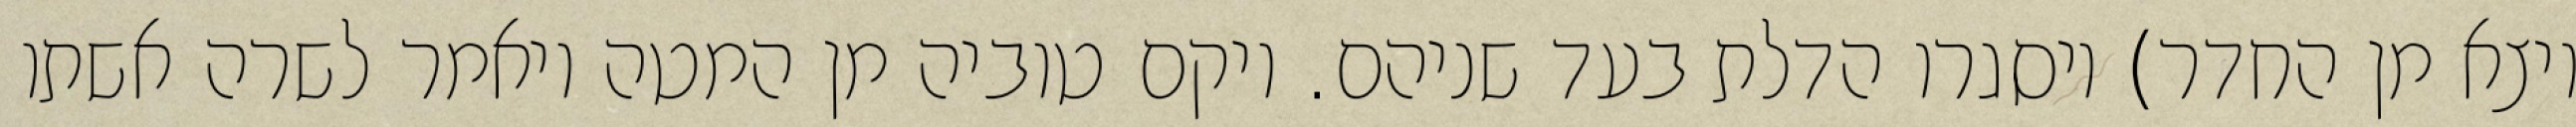
ויצא מן החדר) ויסגרו הדלת בעד שניהם. ויקם טוביה מן המטה ויאמר לשרה אשתו